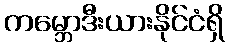
ကမ္ဘောဒီးယားနိုင်ငံရှိ